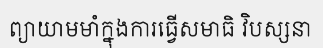
ព្យាយាមមាំក្នុងការធ្វើសមាធិ វិបស្សនា